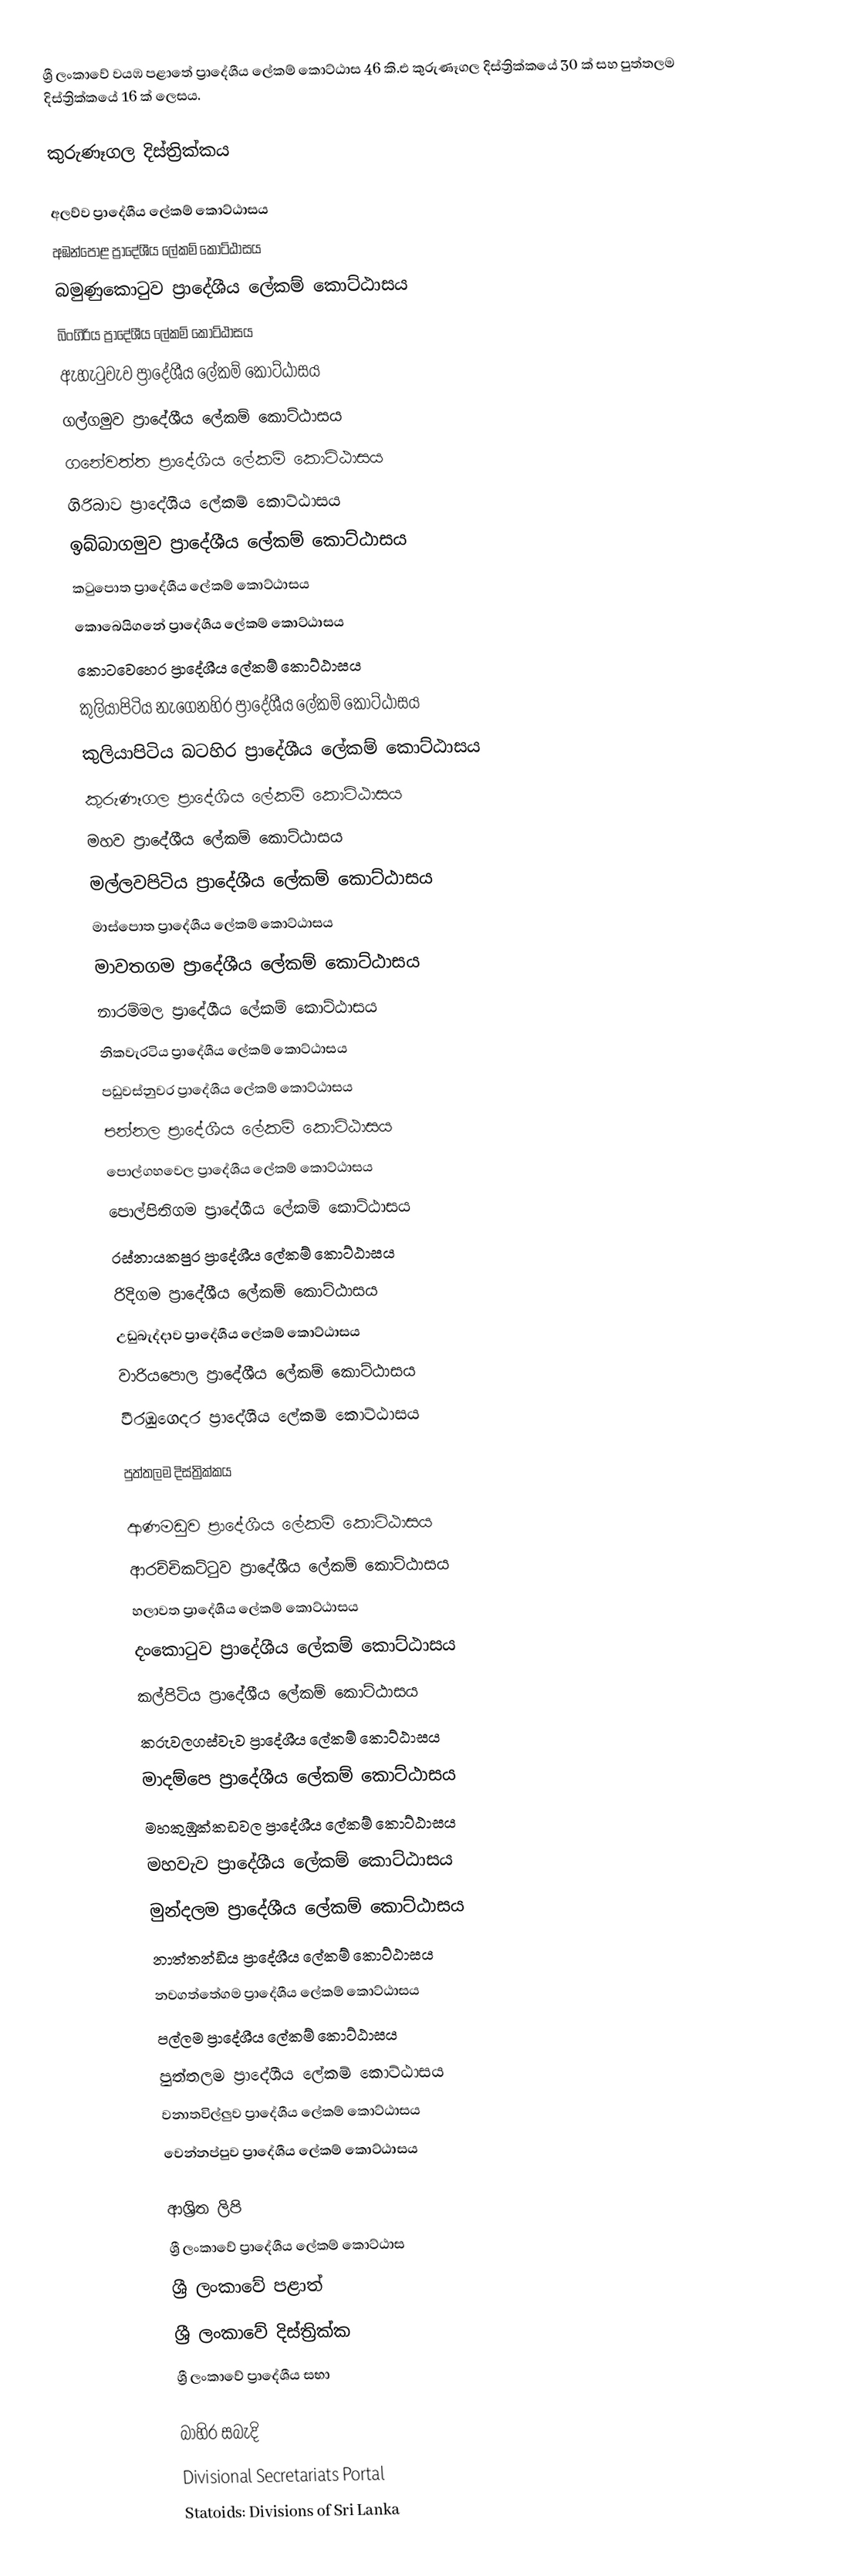
ශ්‍රී ලංකාවේ වයඹ පළාතේ ප්‍රාදේශීය ලේකම් කොට්ඨාස 46 කි.එ කුරුණෑගල දිස්ත්‍රික්කයේ 30 ක් සහ පුත්තලම දිස්ත්‍රික්කයේ 16 ක් ලෙසය.

කුරුණෑගල දිස්ත්‍රික්කය

 අලව්ව ප්‍රාදේශීය ලේකම් කොට්ඨාසය
 අඹන්පොළ ප්‍රාදේශීය ලේකම් කොට්ඨාසය
 බමුණුකොටුව ප්‍රාදේශීය ලේකම් කොට්ඨාසය
 බිංගිරිය ප්‍රාදේශීය ලේකම් කොට්ඨාසය
 ඇහැටුවැව ප්‍රාදේශීය ලේකම් කොට්ඨාසය
 ගල්ගමුව ප්‍රාදේශීය ලේකම් කොට්ඨාසය
 ගනේවත්ත ප්‍රාදේශීය ලේකම් කොට්ඨාසය
 ගිරිබාව ප්‍රාදේශීය ලේකම් කොට්ඨාසය
 ඉබ්බාගමුව ප්‍රාදේශීය ලේකම් කොට්ඨාසය
 කටුපොත ප්‍රාදේශීය ලේකම් කොට්ඨාසය
 කොබෙයිගනේ ප්‍රාදේශීය ලේකම් කොට්ඨාසය
 කොටවෙහෙර ප්‍රාදේශීය ලේකම් කොට්ඨාසය
 කුලියාපිටිය නැගෙනහිර ප්‍රාදේශීය ලේකම් කොට්ඨාසය
 කුලියාපිටිය බටහිර ප්‍රාදේශීය ලේකම් කොට්ඨාසය
 කුරුණෑගල ප්‍රාදේශීය ලේකම් කොට්ඨාසය
 මහව ප්‍රාදේශීය ලේකම් කොට්ඨාසය
 මල්ලවපිටිය ප්‍රාදේශීය ලේකම් කොට්ඨාසය
 මාස්පොත ප්‍රාදේශීය ලේකම් කොට්ඨාසය
 මාවතගම ප්‍රාදේශීය ලේකම් කොට්ඨාසය
 නාරම්මල ප්‍රාදේශීය ලේකම් කොට්ඨාසය
 නිකවැරටිය ප්‍රාදේශීය ලේකම් කොට්ඨාසය
 පඩුවස්නුවර ප්‍රාදේශීය ලේකම් කොට්ඨාසය
 පන්නල ප්‍රාදේශීය ලේකම් කොට්ඨාසය
 පොල්ගහවෙල ප්‍රාදේශීය ලේකම් කොට්ඨාසය
 පොල්පිතිගම ප්‍රාදේශීය ලේකම් කොට්ඨාසය
 රස්නායකපුර ප්‍රාදේශීය ලේකම් කොට්ඨාසය
 රිදිගම ප්‍රාදේශීය ලේකම් කොට්ඨාසය
 උඩුබැද්දාව ප්‍රාදේශීය ලේකම් කොට්ඨාසය
 වාරියපොල ප්‍රාදේශීය ලේකම් කොට්ඨාසය
 වීරඹුගෙදර ප්‍රාදේශීය ලේකම් කොට්ඨාසය

පුත්තලම දිස්ත්‍රික්කය

 ආණමඩුව ප්‍රාදේශීය ලේකම් කොට්ඨාසය
 ආරච්චිකට්ටුව ප්‍රාදේශීය ලේකම් කොට්ඨාසය
 හලාවත ප්‍රාදේශීය ලේකම් කොට්ඨාසය
 දංකොටුව ප්‍රාදේශීය ලේකම් කොට්ඨාසය
 කල්පිටිය ප්‍රාදේශීය ලේකම් කොට්ඨාසය
 කරුවලගස්වැව ප්‍රාදේශීය ලේකම් කොට්ඨාසය
 මාදම්පෙ ප්‍රාදේශීය ලේකම් කොට්ඨාසය
 මහකුඹුක්කඩවල ප්‍රාදේශීය ලේකම් කොට්ඨාසය
 මහවැව ප්‍රාදේශීය ලේකම් කොට්ඨාසය
 මුන්දලම ප්‍රාදේශීය ලේකම් කොට්ඨාසය
 නාත්තන්ඩිය ප්‍රාදේශීය ලේකම් කොට්ඨාසය
 නවගත්තේගම ප්‍රාදේශීය ලේකම් කොට්ඨාසය
 පල්ලම ප්‍රාදේශීය ලේකම් කොට්ඨාසය
 පුත්තලම ප්‍රාදේශීය ලේකම් කොට්ඨාසය
 වනාතවිල්ලුව ප්‍රාදේශීය ලේකම් කොට්ඨාසය
 වෙන්නප්පුව ප්‍රාදේශීය ලේකම් කොට්ඨාසය

ආශ්‍රිත ලිපි
 ශ්‍රී ලංකාවේ ප්‍රාදේශීය ලේකම් කොට්ඨාස
 ශ්‍රී ලංකාවේ පළාත්
 ශ්‍රී ලංකාවේ දිස්ත්‍රික්ක
 ශ්‍රී ලංකාවේ ප්‍රාදේශීය සභා

බාහිර සබැදි
 Divisional Secretariats Portal
 Statoids: Divisions of Sri Lanka